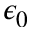
\epsilon _ { 0 }